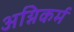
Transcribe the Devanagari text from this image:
अग्निकर्म